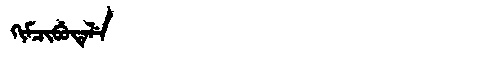
Manchu: ᡴᡳᠮᠴᡳᠪᡠᡨᡝᠯᡝ
Romanization: KIMCIBUTELE